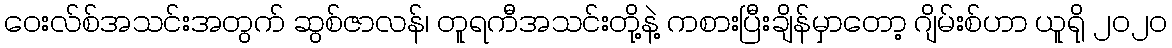
ဝေးလ်စ်အသင်းအတွက် ဆွစ်ဇာလန်၊ တူရကီအသင်းတို့နဲ့ ကစားပြီးချိန်မှာတော့ ဂျိမ်းစ်ဟာ ယူရို ၂၀၂၀